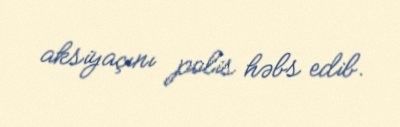
aksiyaçını polis həbs edib.